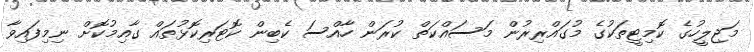
މަޖިލީހުގެ ކޮމިޓީތަކުގެ މުގައްރިރުން މަސައްކަތް ކުރަން ހާއްސަ ކެބިން ކޮޓަރިކޮޅުތައް ގާއިމުކޮށް ނިމިފައިވާ